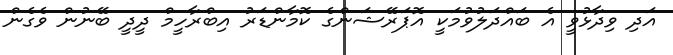
އަދި ވިދާޅުވީ އެ ބައްދަލުވުމަކީ އޮޕަރޭޝަންގެ ކޮމާންޑަރު އިބްރާހީމް ދީދީ ބޭނުން ވެގެން